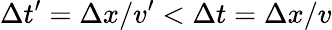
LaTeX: \Delta t^{\prime}=\Delta x/v^{\prime}<\Delta t=\Delta x/v